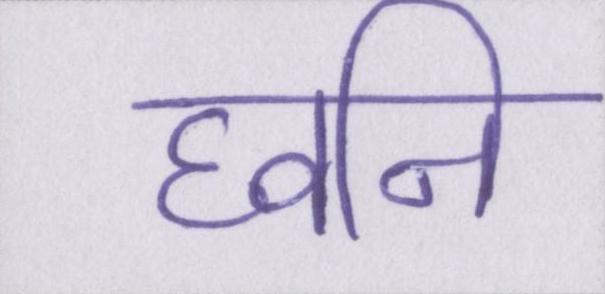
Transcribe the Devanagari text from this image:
घ्वनि